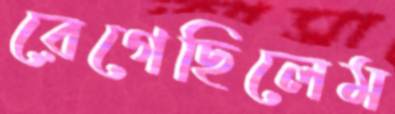
রেগেছিলেম